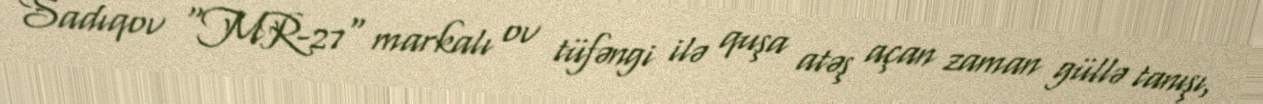
Sadıqov "MR-27" markalı ov tüfəngi ilə quşa atəş açan zaman güllə tanışı,